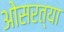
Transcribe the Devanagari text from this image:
ओसरत्या